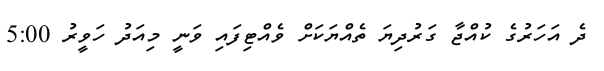
ދެ އަހަރުގެ ކުއްޖާ ގަރުދިޔަ ތެއްޔަކަށް ވެއްޓިފައި ވަނީ މިއަދު ހަވީރު 5:00